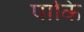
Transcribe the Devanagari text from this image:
पाकि